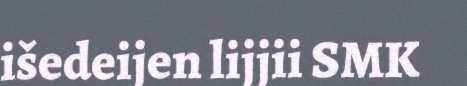
išedeijen lijjii SMK